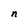
Character: n